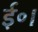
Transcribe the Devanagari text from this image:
ई॰।